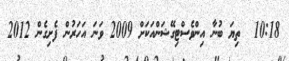
10:18  ތިޔަ ބުނާ އިންވެސްޓިގޭޝަންއަކަށް 2009 ވަނަ އަހަރުން ފެށިގެން 2012